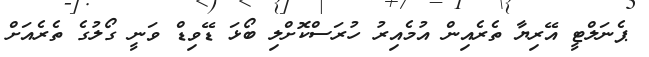
ޕެނަލްޓީ އޭރިޔާ ތެރެއިން އުމެއިރު ހުރަސްކޮށްލި ބޯޅަ ޑޭވިޑް ވަނީ ގޯލުގެ ތެރެއަށް